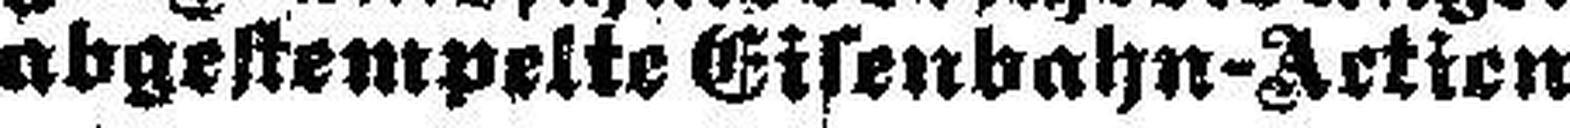
abgestempelte Eisenbahn-Actien.